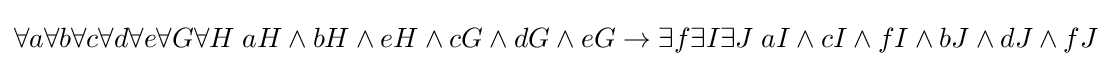
\forall a\forall b\forall c\forall d\forall e\forall G\forall H\;aH\land bH\land eH\land cG\land dG\land eG\rightarrow \exists f\exists I\exists J\;aI\land cI\land fI\land bJ\land dJ\land fJ